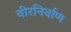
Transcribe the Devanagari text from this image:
वीरनिर्वाण